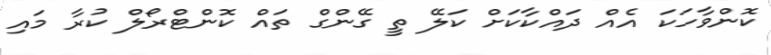
ކޮންވާހަކަ އެއް ދައްކާކަށް ކަލޭ ތީ ގޭންގް ތައް ކޮންޓްރޯލް ކުރާ މައި